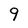
Character: 9